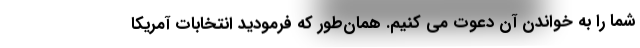
شما را به خواندن آن دعوت می کنیم. همان‌طور که فرمودید انتخابات آمریکا